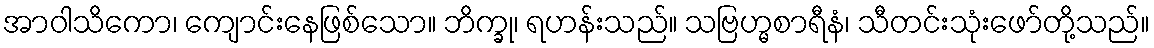
အာဝါသိကော၊ ကျောင်းနေဖြစ်သော။ ဘိက္ခု၊ ရဟန်းသည်။ သဗြဟ္မစာရီနံ၊ သီတင်းသုံးဖော်တို့သည်။